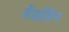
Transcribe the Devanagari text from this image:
वेंडलिन